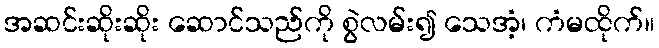
အဆင်းဆိုးဆိုး ဆောင်သည်ကို စွဲလမ်း၍ သေအံ့၊ ကံမထိုက်။